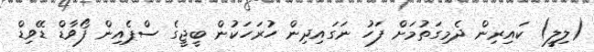
(ލިލީ) ކައިރިން ދެމިގަތުމަށް ފަހު ނަގައިދިން ހުރަހަކުން ބީޖީގެ ސްޕެއިން ފޯވާޑް ޑޭވިޑް